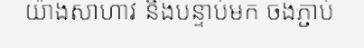
យ៉ាងសាហាវ និងបន្ទាប់មក ចងភ្ជាប់